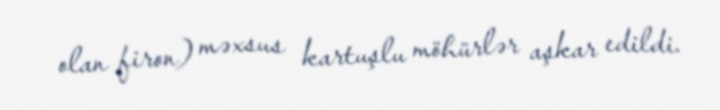
olan firon) məxsus kartuşlu möhürlər aşkar edildi.